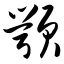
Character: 颚